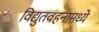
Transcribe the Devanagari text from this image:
विद्युतवहनामध्ये